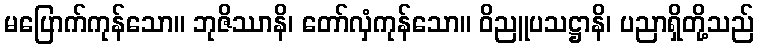
မပြောက်ကုန်သော။ ဘုဇိဿာနိ၊ တော်လှံကုန်သော။ ဝိညူပသဋ္ဌာနိ၊ ပညာရှိတို့သည်